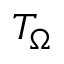
T _ { \Omega }